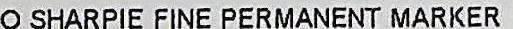
O SHARPIE FINE PERMANENT MARKER